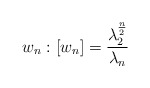
\begin{align*}w_n : [w_n] = \frac{\lambda_2^{\frac n2}}{\lambda_n}\end{align*}